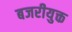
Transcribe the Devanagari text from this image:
बजरीयुक्त